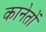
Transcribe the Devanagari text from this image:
कानेतों